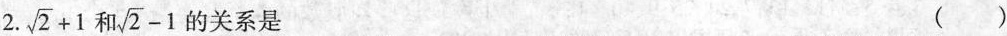
2. $$\sqrt { 2 } + 1$$和$$\sqrt { 2 } - 1$$的关系是 （）